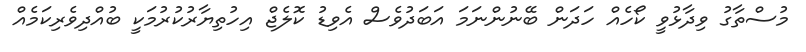
މުސްތާގު ވިދާޅުވީ ކޯހެއް ހަދަން ބޭނުންނަމަ އަބަދުވެސް އެވިޑު ކޮލެޖް އިހުތިޔާރުކުރުމަކީ ބުއްދިވެރިކަމެއް